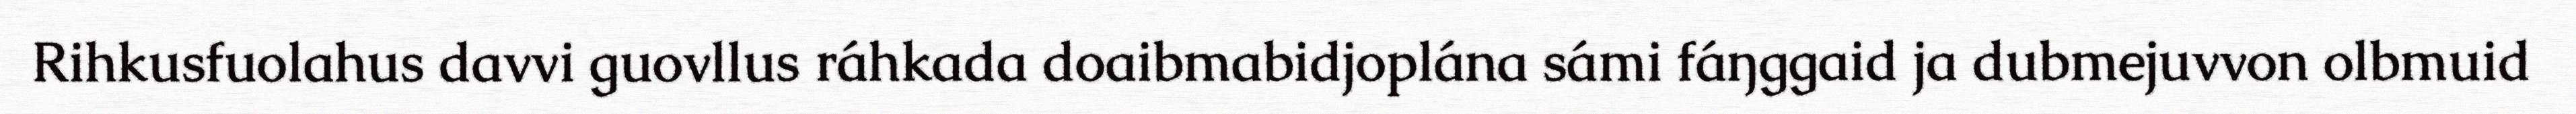
Rihkusfuolahus davvi guovllus ráhkada doaibmabidjoplána sámi fáŋggaid ja dubmejuvvon olbmuid